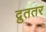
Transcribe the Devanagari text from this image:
द्रुततर